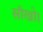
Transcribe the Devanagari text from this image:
सीखो।